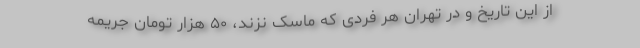
از این تاریخ و در تهران هر فردی که ماسک نزند، ۵۰ هزار تومان جریمه